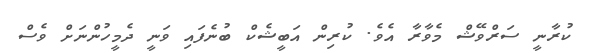
ކުރާނީ ސަރްވޭޝް މެވާރާ އެވެ. ކުރިން އަބީޝެކް ބުނެފައި ވަނީ ދެމީހުންނަށް ވެސް